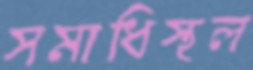
সমাধিস্থল